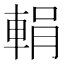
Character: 𨌉